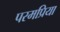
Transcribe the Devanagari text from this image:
परमप्रिया